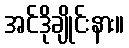
အင်ဒိုချိုင်းနား။